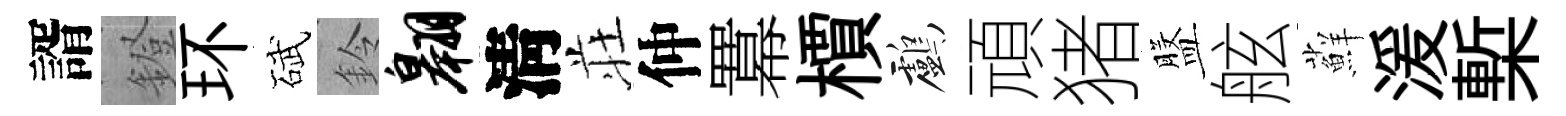
諝鐙环碔鈴翱淸荘仲羃檟鸕頑猪盤舷蘚湲槧